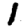
Digit: 1